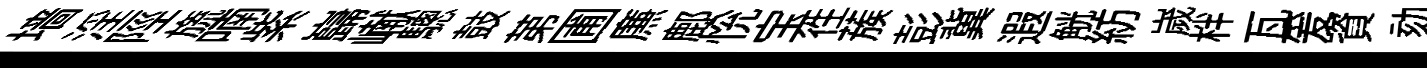
墙淫陘旒喃紫巋𪩘驄鼓苐圃㢘鄜恱宝徃蔟彭冀遐觥紡嵗柈瓦爰資劾